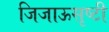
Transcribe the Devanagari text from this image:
जिजाऊसृष्टी